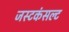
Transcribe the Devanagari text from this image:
जस्टकंसल्ट